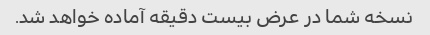
نسخه شما در عرض بیست دقیقه آماده خواهد شد.